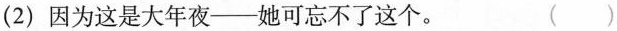
(2)因为这是大年夜——她可忘不了这个。 ( )